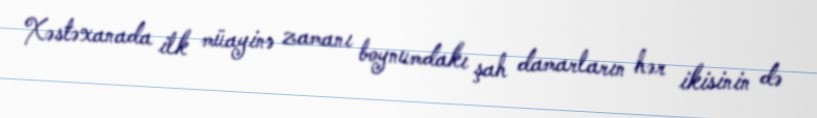
Xəstəxanada ilk müayinə zamanı boynumdakı şah damarların hər ikisinin də